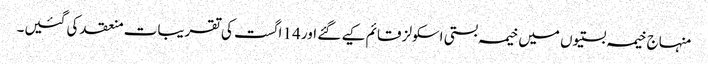
منہاج خیمہ بستیوں میں خیمہ بستی اسکولز قائم کیے گئے اور 14 اگست کی تقریبات منعقد کی گئیں۔